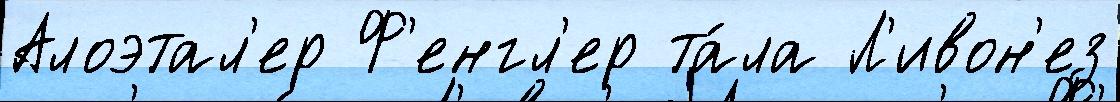
Алоэтал'ер Ф'енгл'ер та́ла Л'ивон'ез